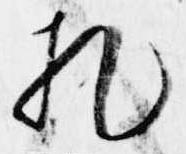
礼